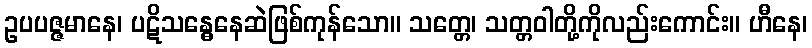
ဥပပဇ္ဇမာနေ၊ ပဋိသန္ဓေနေဆဲဖြစ်ကုန်သော။ သတ္တေ၊ သတ္တဝါတို့ကိုလည်းကောင်း။ ဟီနေ၊